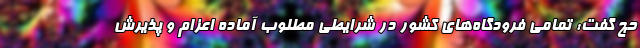
حج گفت: تمامی فرودگاه‌های کشور در شرایطی مطلوب آماده اعزام و پذیرش